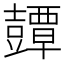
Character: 𧰘